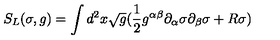
S _ { L } ( \sigma , g ) = \int d ^ { 2 } x \sqrt g ( \frac { 1 } { 2 } g ^ { \alpha \beta } \partial _ { \alpha } \sigma \partial _ { \beta } \sigma + R \sigma )